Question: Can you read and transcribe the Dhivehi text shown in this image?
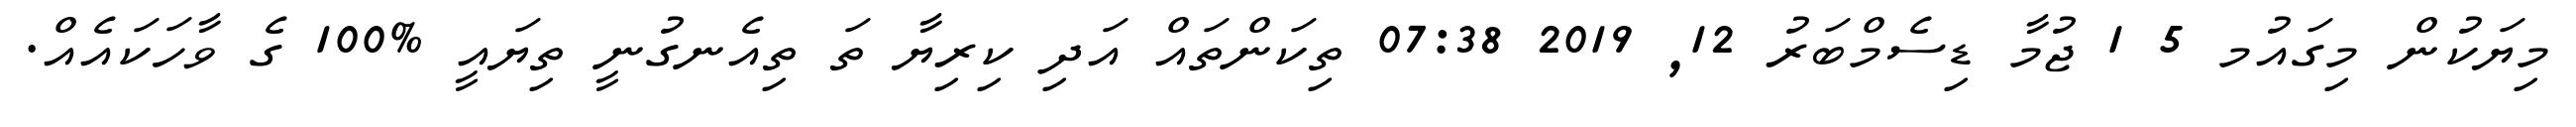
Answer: މިޔަކުން މިގައުމ 5 1 ޖުމާ ޑިސެމްބަރު 12, 2019 07:38 ތިކަންތައް އަދި ކިރިޔާ ތަ ތިއެނގުނީ ތިޔައީ %100 ގެ ވާހަކައެއް.